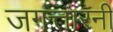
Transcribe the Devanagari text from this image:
जगत्तारनी